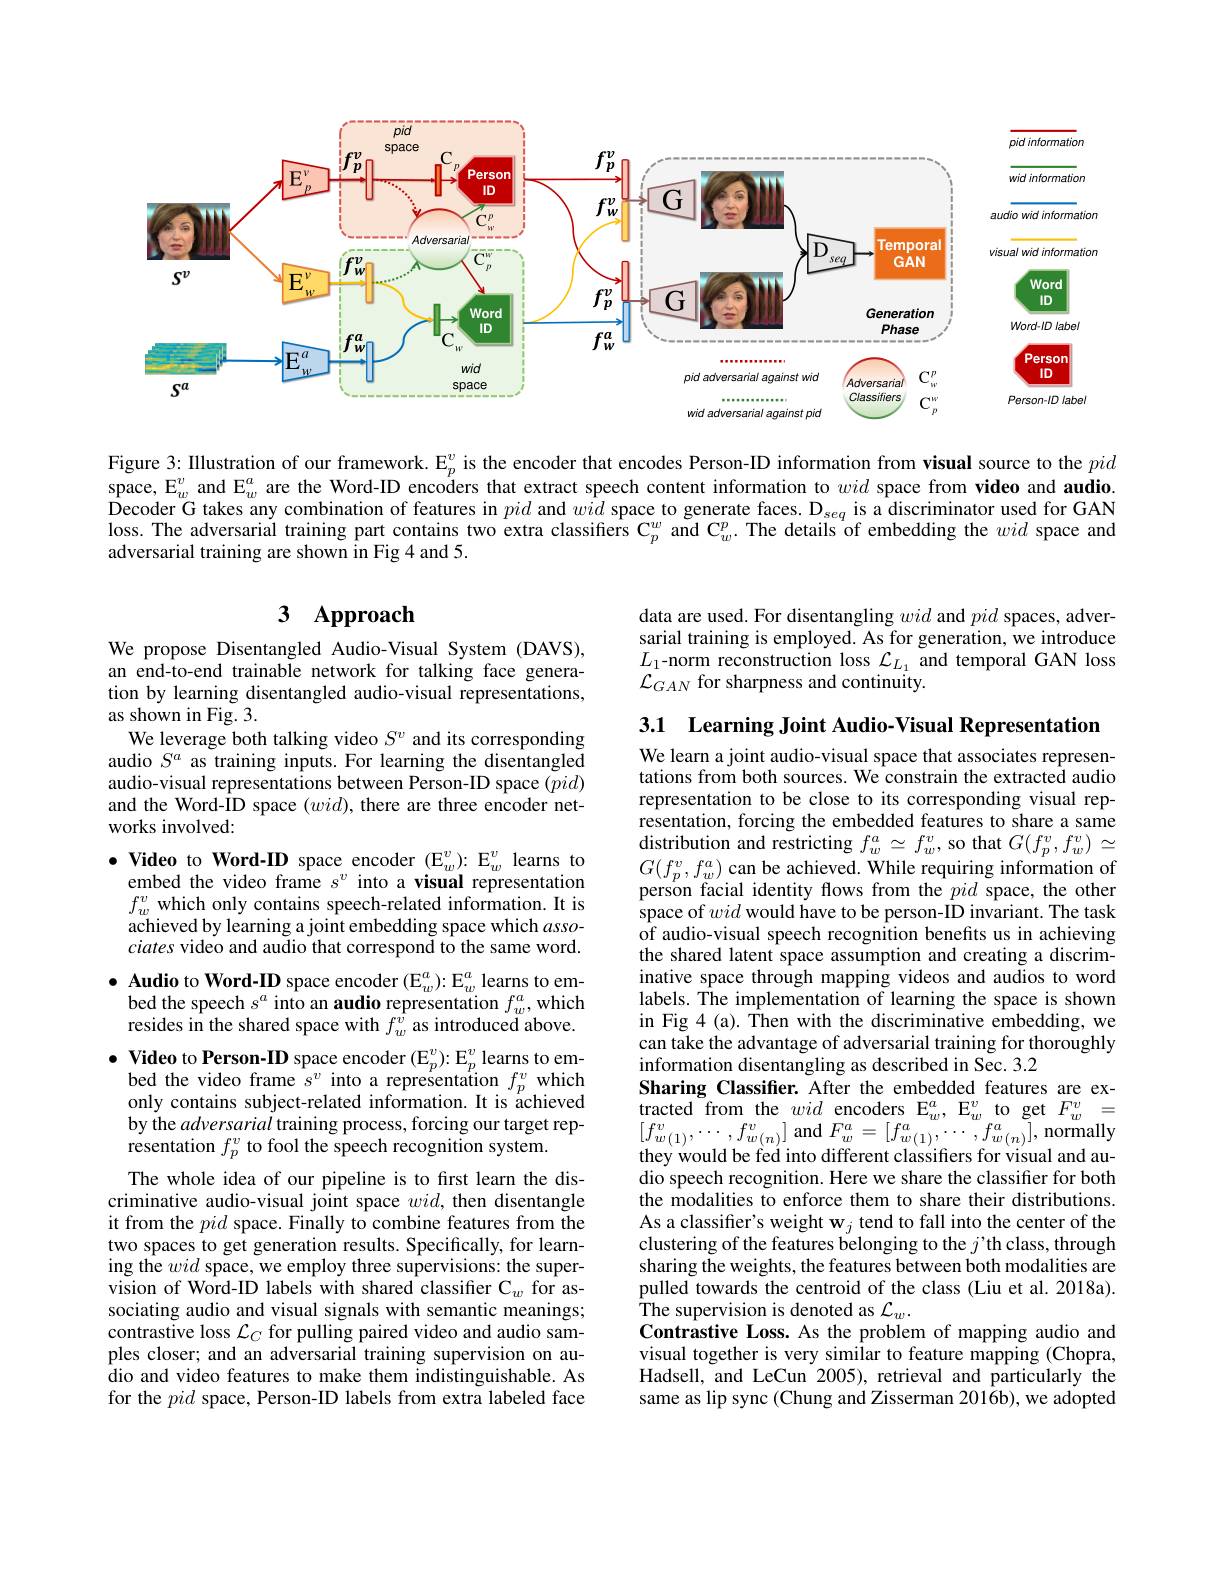
atior.
<FigureHere>

Figure 3: Illustration of our framework. $\mathbb{E}_p^v$ is the encoder that encodes Person-ID information from visual source to the pid space, $\mathbb{E}_w^v$ and $\mathbb{E}_w^a$ are the Word-ID encoders that extract speech content information to wid space from video and audio. $\hat{\text{Decoder G takes any combination of features in }pid\mathrm{~and~}w\hat{id}\mathrm{~space~to~generate~faces.~D}_{seq}\mathrm{~is~a~discriminator~used~for~GAN}}$ loss. The adversarial training part contains two extra classifiers C$_p^w$ and C$_w^p.$ The details of embedding the wid space and adversarial training are shown in Fig 4 and 5.

## $\textbf{3}$ $\textbf{Approach}$

data are used. For disentangling wid and pid spaces, adversarial training is employed. As for generation, we introduce $L_{1}$-norm reconstruction loss $\mathcal{L}_{L_{1}}$ and temporal GAN loss $\mathcal{L}_{GAN}$ for sharpness and continuity.

We propose Disentangled Audio-Visual System (DAVS), an end-to-end trainable network for talking face generation by learning disentangled audio-visual representations, as shown in Fig. 3.
We leverage both talking video $S^v$ and its corresponding audio $S^a$ as training inputs. For learning the disentangled audio-visual representations between Person-ID space $(pid)$ and the Word-ID space $(wid)$, there are three encoder networks involved:
$\bullet$ Video to Word-ID space encoder $(\mathrm{E}_w^v)\colon\mathrm{E}_w^v$ learns to
embed the video frame $s^v$ into a visual representation $f_{w}^{v}$ which only contains speech-related information. It is achieved by learning a joint embedding space which associates video and audio that correspond to the same word.
$\bullet$ Audio to Word-ID space encoder $(\mathrm{E}_w^a){:}\mathrm{E}_w^a$ learns to em-

bed the speech $s^a$ into an audio representation $f_w^a$,which resides in the shared space with $f_w^{\hat{v}}$ as introduced above.
$\bullet$ Video to Person-ID space encoder $(\mathbb{E}_p^v):\mathbb{E}_p^v$ learns to em-
bed the video frame $s^v$ into a representation $f_p^v$ which only contains subject-related information. It is achieved by the adversarial training process, forcing our target rep- $\dot{\text{resentation }f_{p}^{v}}$ to fool the speech recognition system.
The whole idea of our pipeline is to first learn the discriminative audio-visual joint space $wid$, then disentangle it from the pid space. Finally to combine features from the two spaces to get generation results. Specifically, for learning the wid space, we employ three supervisions: the supervision of Word-ID labels with shared classiffer C$_w$ for associating audio and visual signals with semantic meanings; contrastive loss $\mathcal{L}_C$ for pulling paired video and audio samples closer; and an adversarial training supervision on audio and video features to make them indistinguishable. As for the pid space, Person-ID labels from extra labeled face

3.1 Learning Joint Audio-Visual Representation We learn a joint audio-visual space that associates representations from both sources. We constrain the extracted audio representation to be close to its corresponding visual representation, forcing the embedded features to share a same $\begin{array}{c}{\text{distribution and restricting }f_{w}^{a}\simeq f_{w}^{v},\text{so that }G(f_{p}^{v},f_{w}^{v})\simeq}\\{G(cv,co)}\end{array}$ $G(f_p^v,f_w^a)$ can be achieved. While requiring information of person facial identity flows from the pid space, the other space of wid would have to be person-ID invariant. The task of audio-visual speech recognition benefits us in achieving the shared latent space assumption and creating a discriminative space through mapping videos and audios to word labels. The implementation of learning the space is shown in Fig 4 (a). Then with the discriminative embedding, we can take the advantage of adversarial training for thoroughly information disentangling as described in Sec. 3.2
Sharing Classifier. After the embedded features are ex- $\begin{array}{lll}{\mathrm{tracted~from~the~}wid~encoders~E_{w}^{a},~E_{w}^{v}~to~get~}F_{w}^{v}&=\\{[r_{w}]}\end{array}$ $[f_{w(1)}^v$,
$,f_{w(n)}^{v}]$ and $F_w^a=[f_{w(1)}^{a},\cdots,f_{w(n)}^{a}]$, normally
they would be fed into different classifiers for visual and audio speech recognition. Here we share the classifier for both the modalities to enforce them to share their distributions. As a classifier's weight w$_j$ tend to fall into the center of the clustering of the features belonging to the $j$'th class, through sharing the weights, the features between both modalities are pulled towards the centroid of the class (Liu et al. 2018a). ${\mathrm{The~supervision~is~denoted~as~}\mathcal{L}}_{w}.$
Contrastive Loss. As the problem of mapping audio and visual together is very similar to feature mapping (Chopra, Hadsell, and LeCun 2005), retrieval and particularly the same as lip sync (Chung and Zisserman 2016b), we adopted